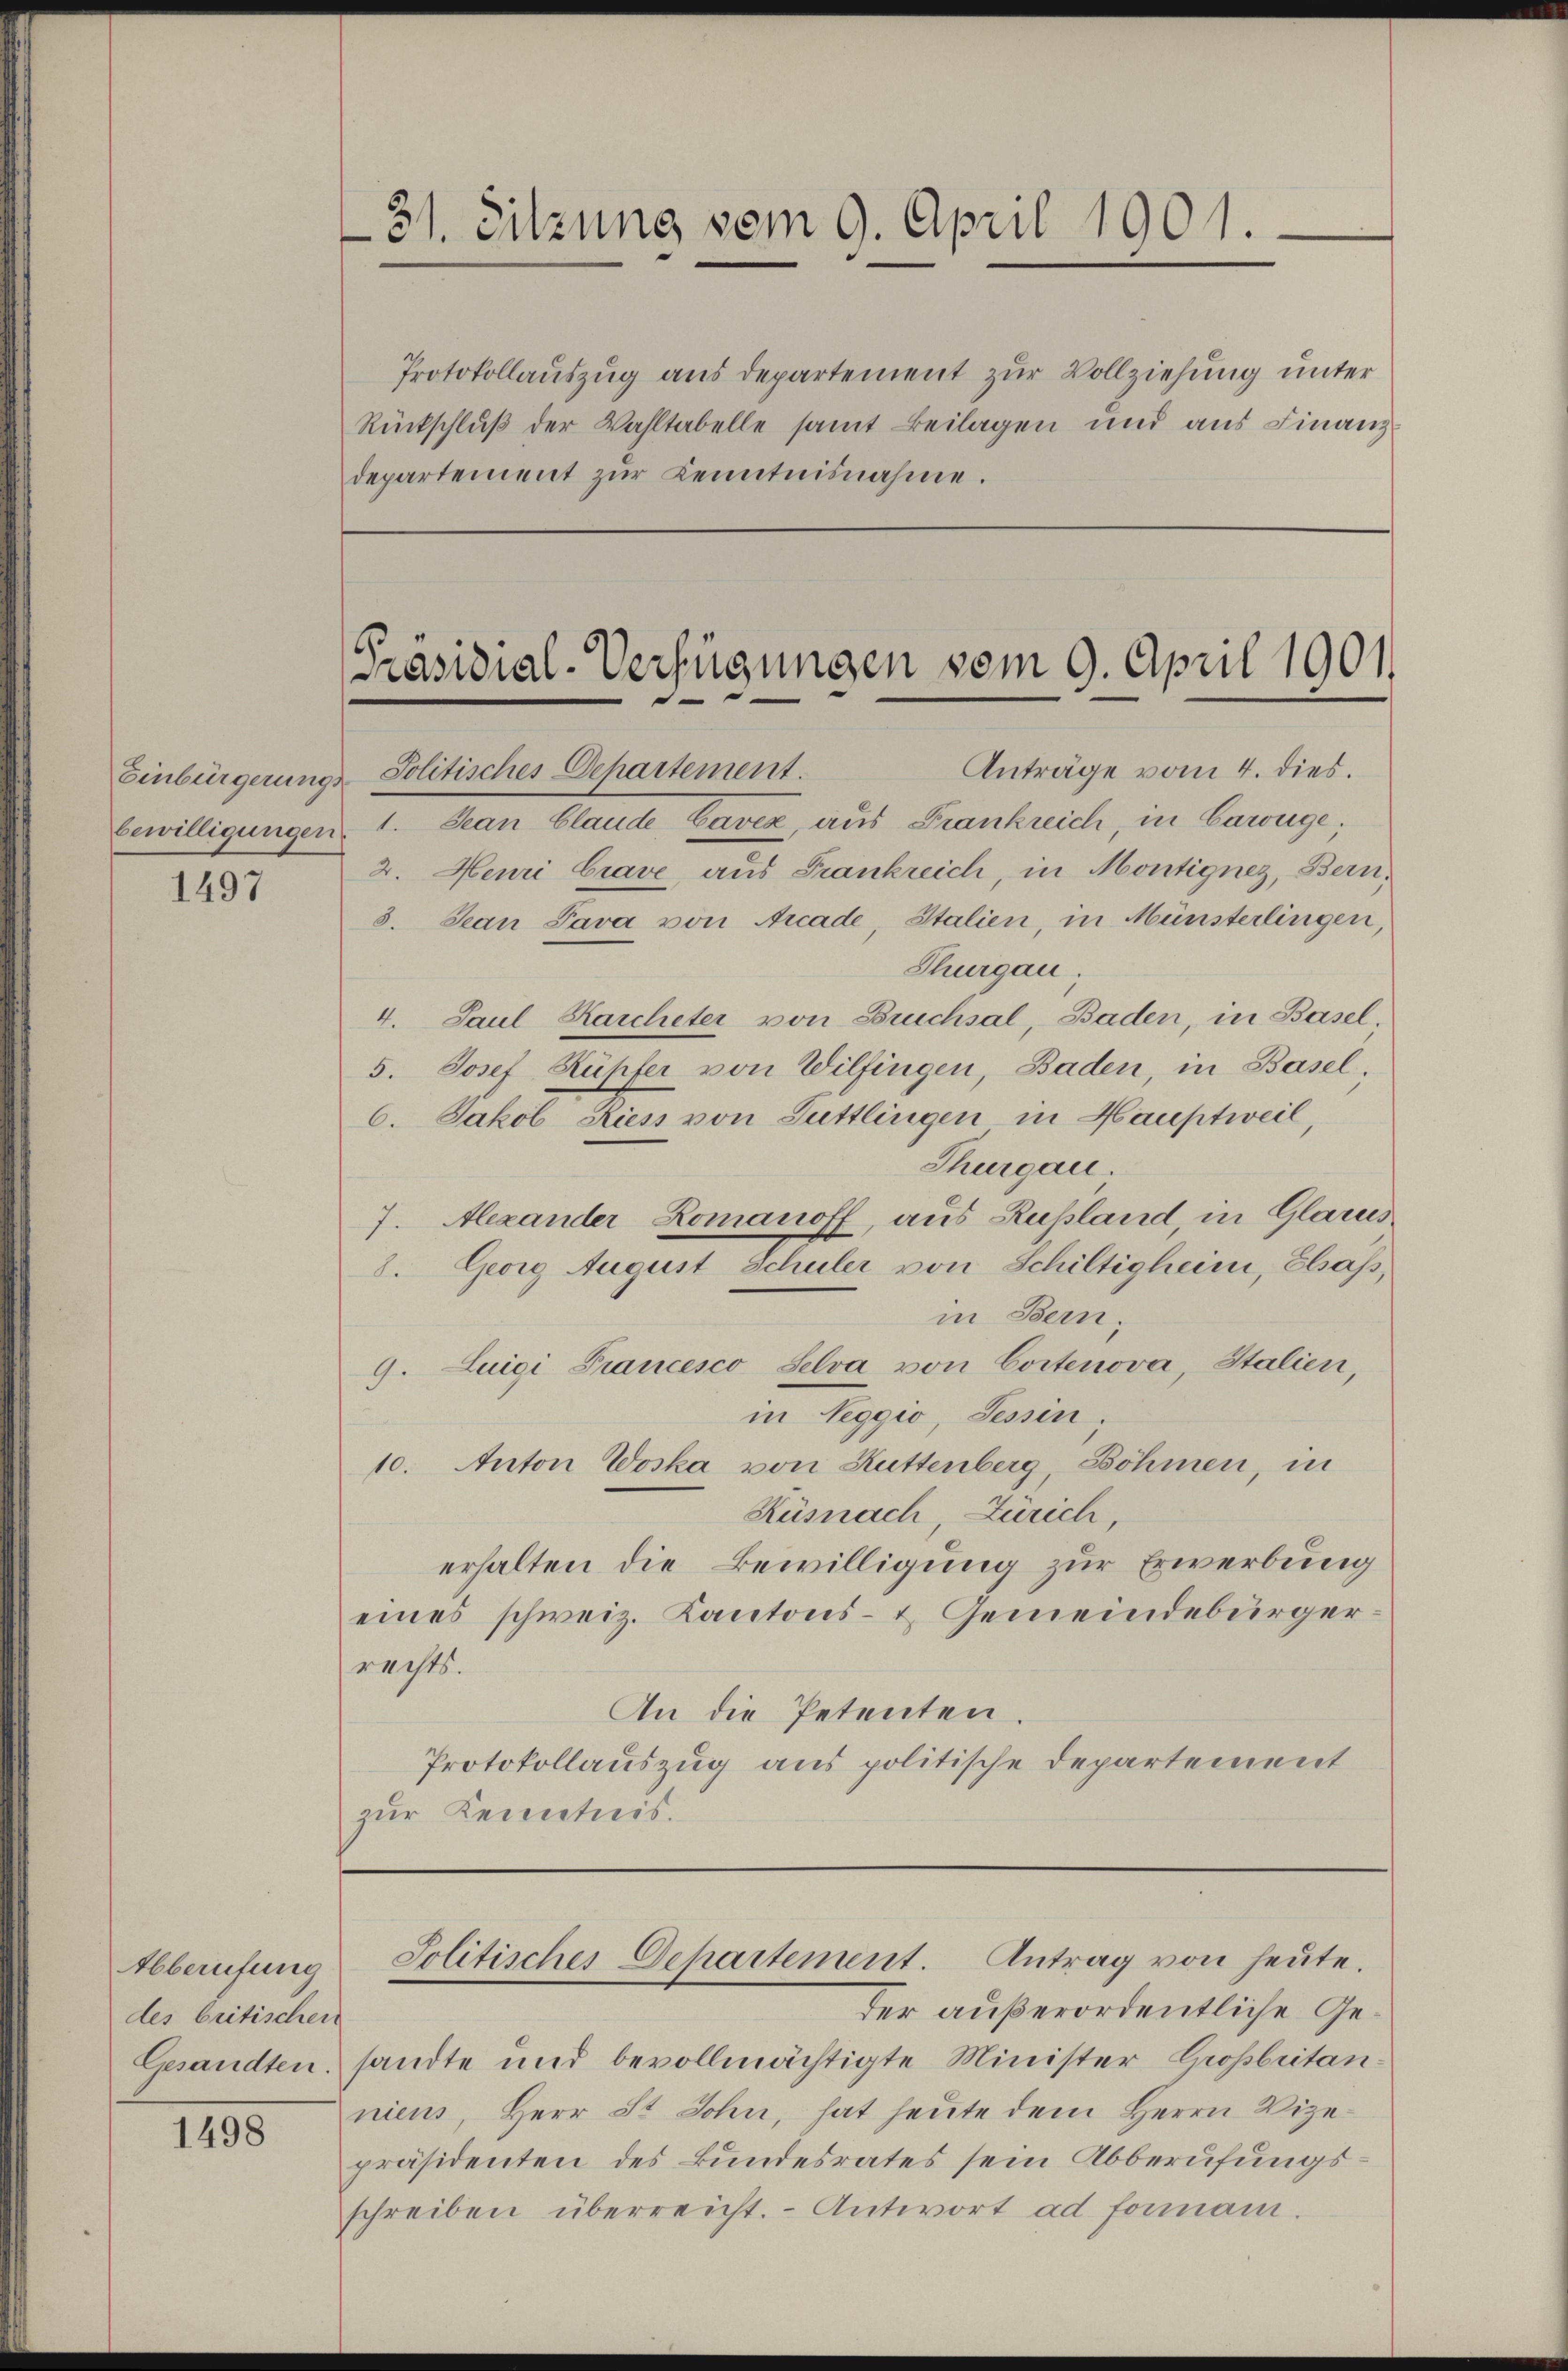
1497

Abberufung
des britischen
Gesandten.

1498

31. Sitzung vom 9. April 1901.

Protokollauszug aus departement zur Vollziehung unter
Rückschluß der Wahltabelle samt Beilagen und aus Finanzdepartement zŭr Kenntnisnahme.

Präsidial-Verfügungen vom 9. April 1901.

Anträge vom 4. dies.
Einbürgerungs-Politisches Dehartement.
bewilligungen. 1. Jean Claude Cavex, aus Frankreich, in Cawüge;
2. Heuri Crave, aus Frankreich, in Montignez, Bern,
3. Jean Pava von Acade, Stalien, in Münsterlingen,
Thurgau
4. Paul Karcheter von Bruchsal, Baden, in Basel.
5. Josef Kupfer von Wilfingen, Baden, in Basel¬
6. Jakob Riess von Tuttlingen in Hauptweil,
Thurgau.
7. Alexander Romanoff, aus Rußland, in Glarus
8. Georg August Schuler von Schiltigheim, Ebaß,
in Bern,
9. Luigi Francesco Selva von Cortenova, Italien,
in Neggio, Tessin,
10. Anton Woska von Rüttenberg, Böhmen, in
Küsnach, Zürich
erhalten die Bewilligung zur Erwerbung
eines schweiz. Kantons- & Gemeindebürger:
rechts.
An die Petenten.
Protokollauszug aus politische Departement
zur Kenntnis.

der außerordentliche Gesandte und bevollmächtigte Minister Großbritan
niens, Herr St. Sohn, hat heute dem Herrn Vizepräsidenten des Bundesrates sein Abberufungsschreiben überreicht. Antwort ad formani.

Jolitisches Departement. Antrag von heute.